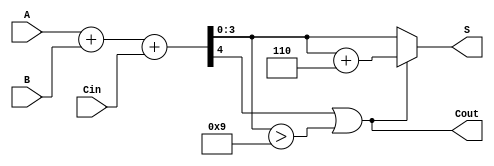
module BCD_Adder (
    input [3:0] A,    // First BCD digit
    input [3:0] B,    // Second BCD digit
    input Cin,        // Carry-in bit
    output [3:0] S,   // BCD sum output
    output Cout       // Carry-out
);

    wire [4:0] Sum;   // 5-bit sum to accommodate carry
    wire correction;   // Signal to determine if correction is needed

    // Step 1: Binary Addition
    assign Sum = A + B + Cin;

    // Step 2: Check for BCD correction
    assign correction = (Sum[4] || (Sum[3:0] > 4'b1001));

    // Step 3: Compute the corrected sum
    assign S = correction ? (Sum + 4'b0110) : Sum[3:0];

    // Step 4: Determine carry-out
    assign Cout = correction;

endmodule